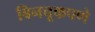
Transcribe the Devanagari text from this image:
बिनचूकपणे